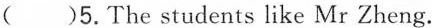
( )5.The students like Mr Zheng.